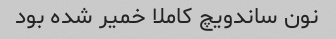
نون ساندویچ کاملا خمیر شده بود